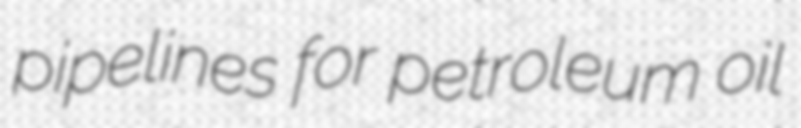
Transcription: pipelines for petroleum oil